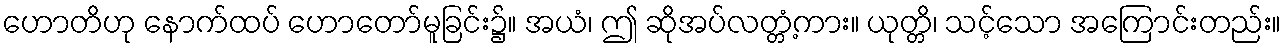
ဟောတိဟု နောက်ထပ် ဟောတော်မူခြင်း၌။ အယံ၊ ဤ ဆိုအပ်လတ္တံ့ကား။ ယုတ္တိ၊ သင့်သော အကြောင်းတည်း။